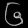
Digit: ၆